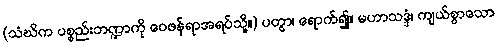
(သံဃိက ပစ္စည်းဘဏ္ဍာကို ဝေဖန်ရာအရပ်သို့။) ပတွာ၊ ရောက်၍။ မဟာသဒ္ဒံ၊ ကျယ်စွာသော